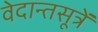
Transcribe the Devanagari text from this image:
वेदान्तसूत्रें